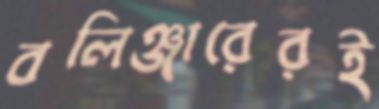
বলিঞ্জারেরই